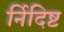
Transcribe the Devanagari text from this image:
र्निदिष्ट